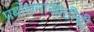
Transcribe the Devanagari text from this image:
प्रबोधनासाठीची